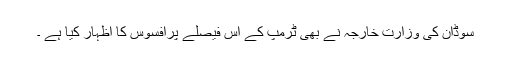
سوڈان کی وزارت خارجہ نے بھی ٹرمپ کے اس فیصلے پرافسوس کا اظہار کیا ہے ۔